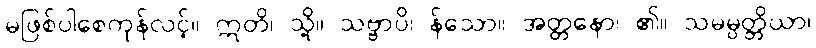
မဖြစ်ပါစေကုန်လင့်။ ဣတိ၊ သို့။ သဗ္ဗာပိ၊ န်သော။ အတ္တနော၊ ၏။ သမမ္ပတ္တိယာ၊